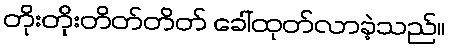
တိုးတိုးတိတ်တိတ် ခေါ်ထုတ်လာခဲ့သည်။